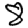
Digit: 8